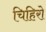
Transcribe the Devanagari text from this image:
चिहिरो